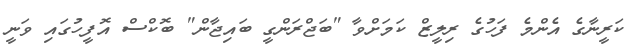
ކަރީނާގެ އެންމެ ފަހުގެ ރިލީޒް ކަމަށްވާ "ބަޖްރަންގީ ބައިޖާން" ބޮކްސް އޮފީހުގައި ވަނީ